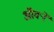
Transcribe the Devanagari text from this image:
ऑर्क्ने